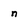
Character: n